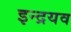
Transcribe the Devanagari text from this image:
इन्द्रयव